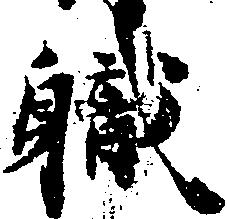
職